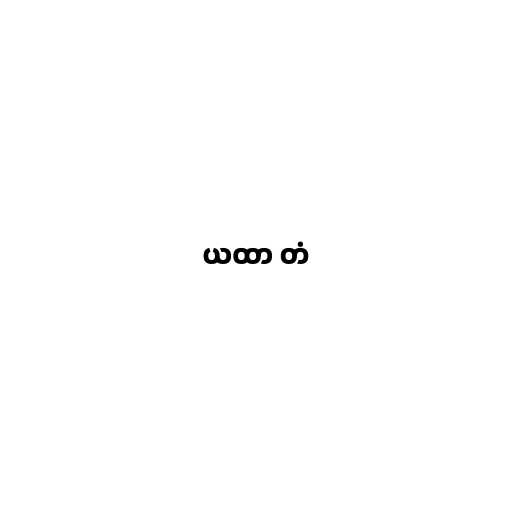
ယထာ တံ